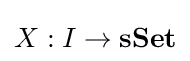
X:I\to {\textbf {sSet}}